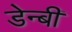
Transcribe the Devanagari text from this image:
डेन्‍बी